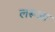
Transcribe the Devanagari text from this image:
लरूआ